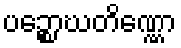
ပဉ္စောဃတိဏ္ဏော